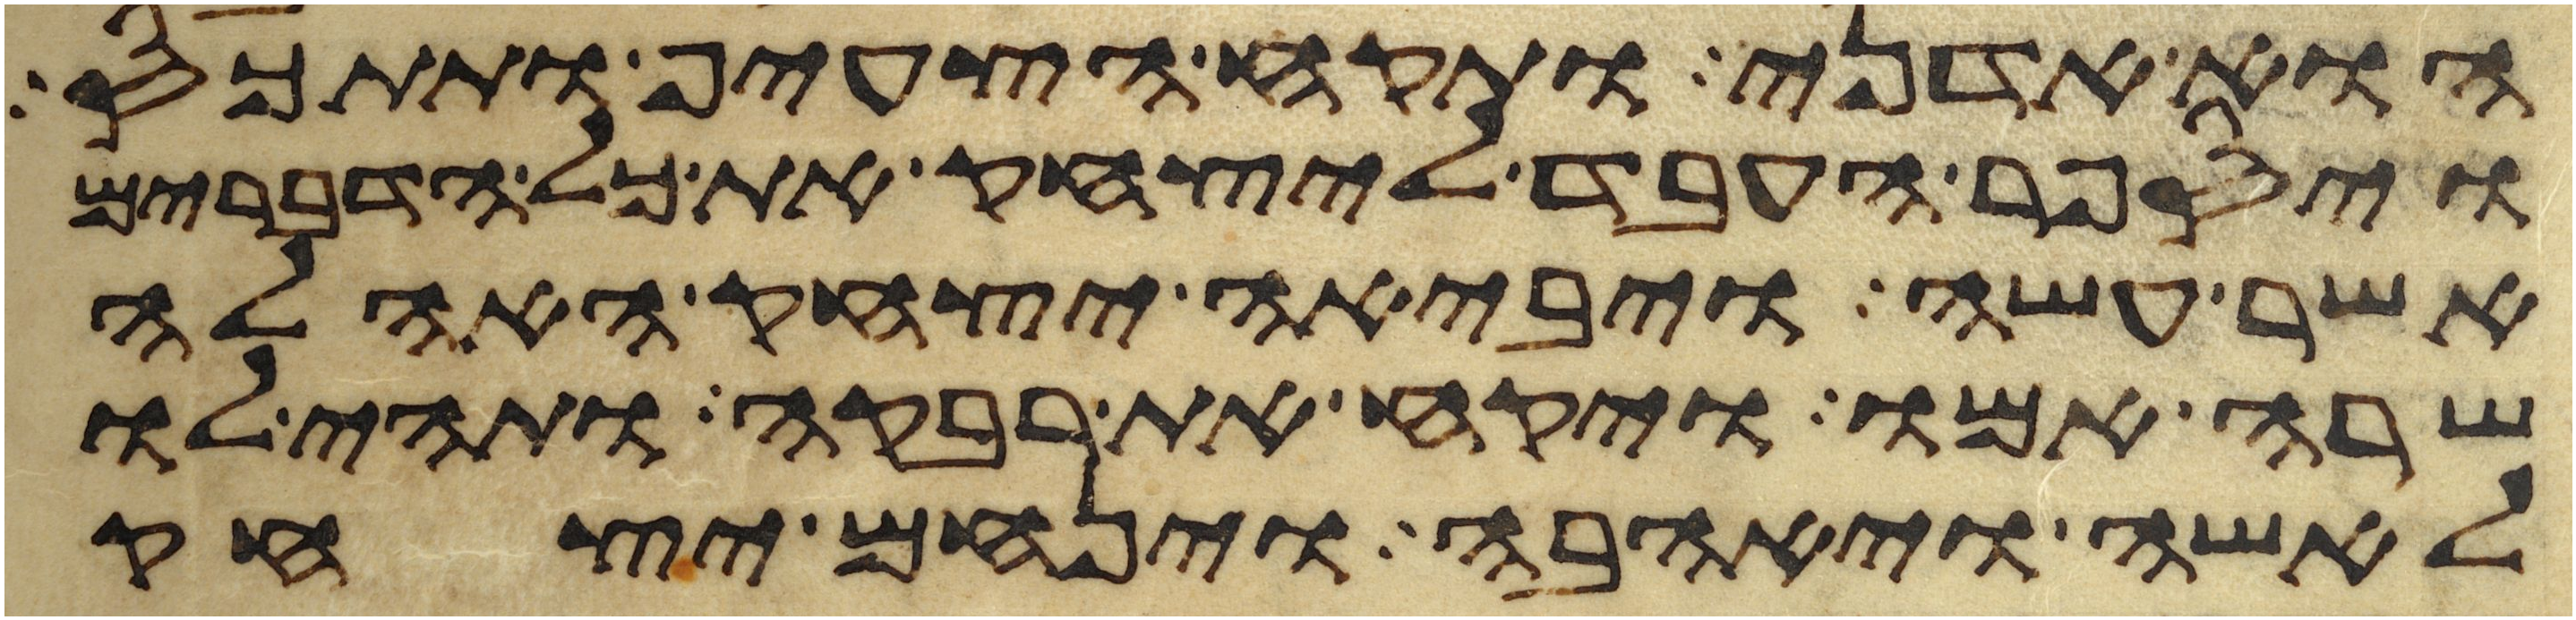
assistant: הוא אדני ותקח הצעיף ותתכס
ויספר העבד ליצחק את כל הדברים
אשר עשה ויביאה יצחק האהלה
שרה אמו ויקח את רבקה ותהי לו
לאשה ויאהבה וינחם יצחק